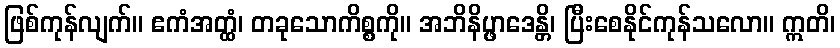
ဖြစ်ကုန်လျက်။ ဧကံအတ္ထံ၊ တခုသောကိစ္စကို။ အဘိနိပ္ဖာဒေန္တိ၊ ပြီးစေနိုင်ကုန်သလော။ ဣတိ၊